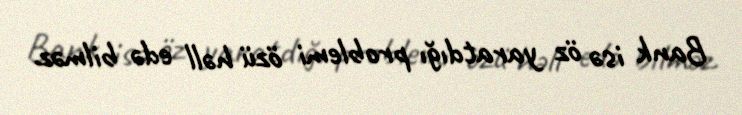
Bank isə öz yaratdığı problemi özü həll edə bilməz.